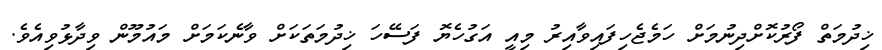
ޚިދުމަތް ފޯރުކޮށްދިނުމަށް ހަމެޖެހިފައިވާއިރު މިއީ އަގުހެޔޮ ފަސޭހަ ޚިދުމަތަކަށް ވާނެކަމަށް މައުމޫން ވިދާޅުވިއެވެ.